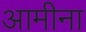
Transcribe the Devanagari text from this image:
आमीना